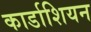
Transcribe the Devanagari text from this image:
कार्डाशियन